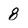
Character: 8